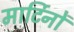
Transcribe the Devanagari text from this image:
मार्टिनों